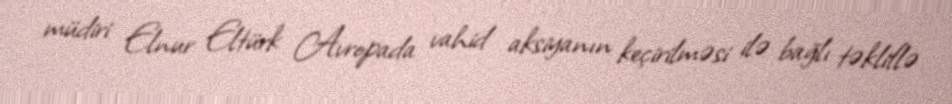
müdiri Elnur Eltürk Avropada vahid aksiyanın keçirilməsi ilə bağlı təkliflə